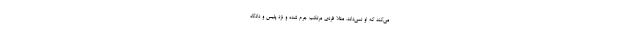
می‌کند که او نمی‌داند. مثلاً فردی مرتکب جرم شده و نزد پلیس و دادگاه